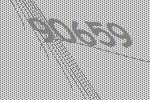
90659